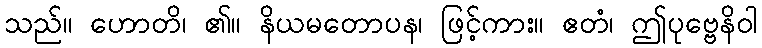
သည်။ ဟောတိ၊ ၏။ နိယမတောပန၊ ဖြင့်ကား။ ဧတံ၊ ဤပုဗ္ဗေနိဝါ